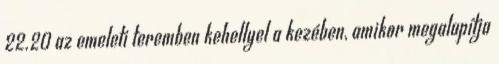
22.20 az emeleti teremben kehellyel a kezében, amikor megalapítja